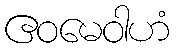
ဧဝမေဝါဟံ